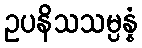
ဥပနိသသမ္ပန္နံ